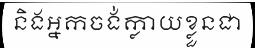
និងអ្នកចង់ក្លាយខ្លួនជា